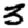
Digit: 3